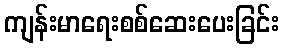
ကျန်းမာရေးစစ်ဆေးပေးခြင်း